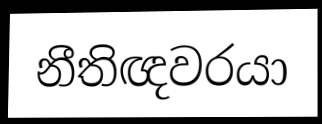
නීතිඥවරයා